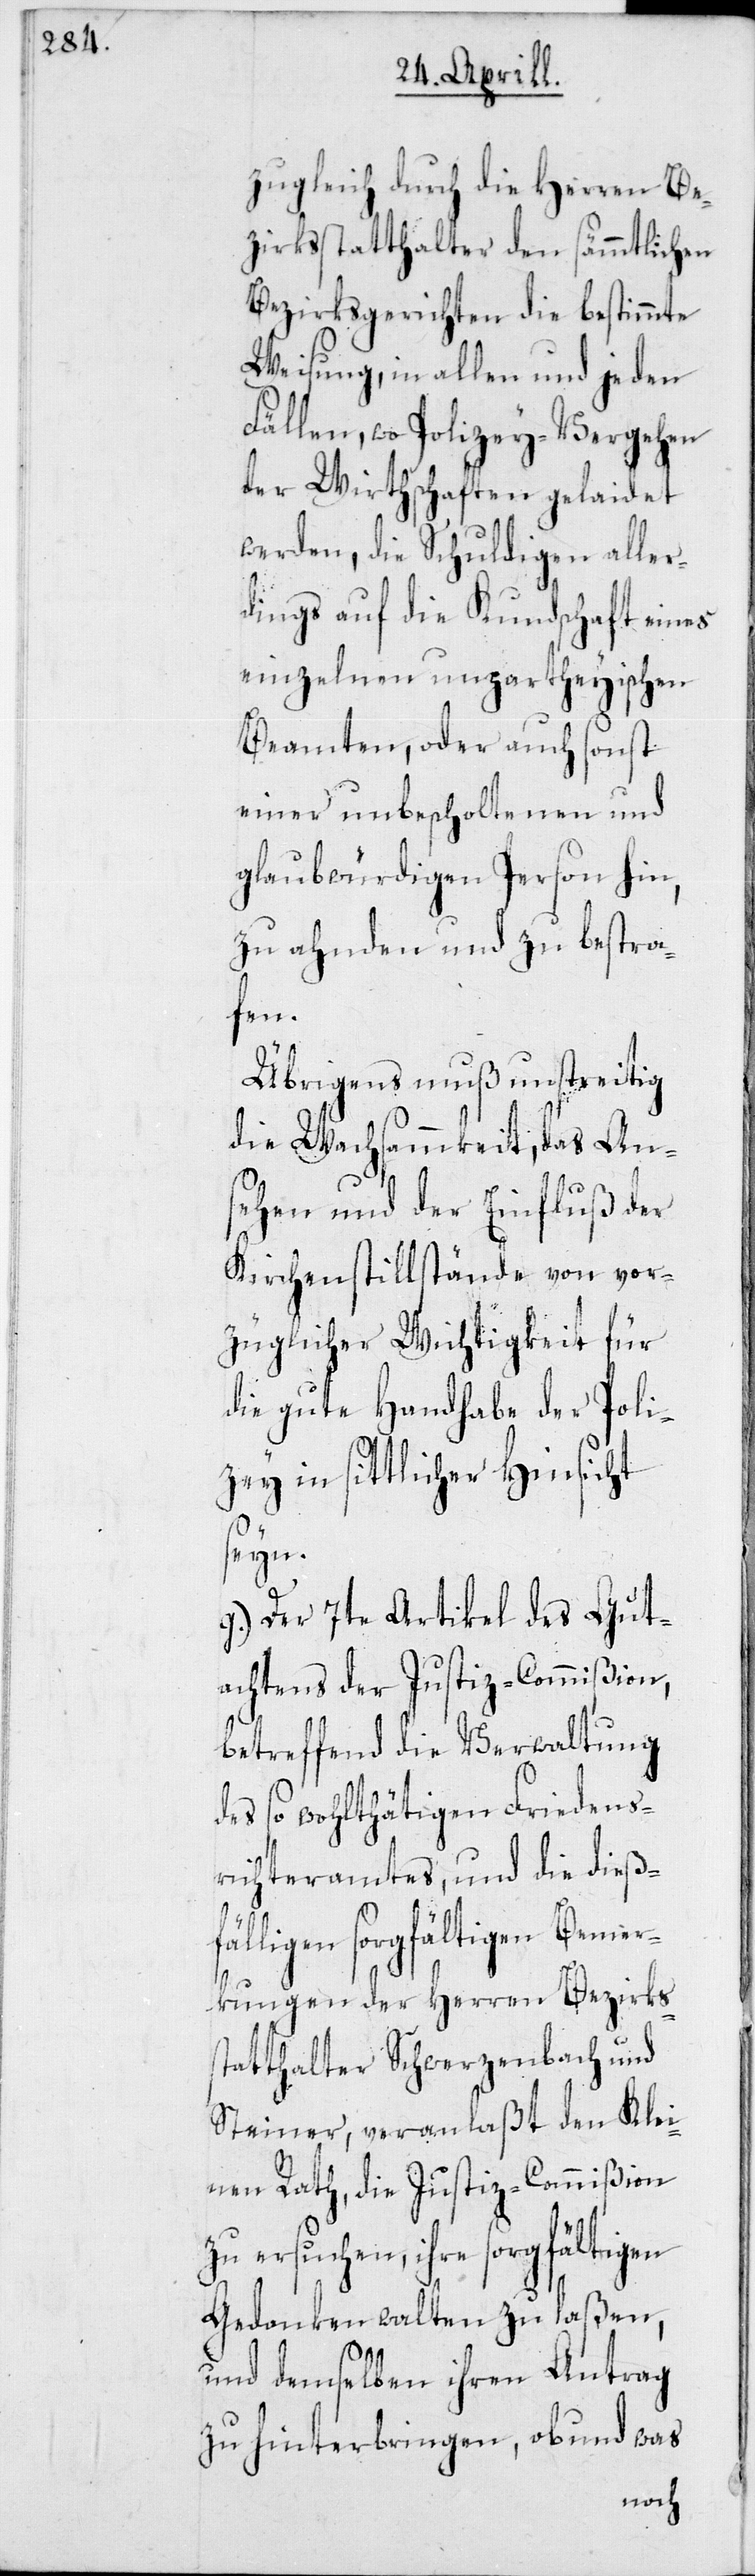
zugleich durch die Herren Be¬
zirksstatthalter den sämmtlichen
Bezirksgerichten die bestimmte
Weisung, in allen und jeden
Fällen, wo Polizey-Vergehen
der Wirthschaften gelaidet
werden, die Schuldigen aller¬
dings auf die Kundschaft eines
einzelnen unpartheyischen
Beamten, oder auch sonst
einer unbescholtenen und
glaubwürdigen Person hin,
zu ahnden und zu bestra¬
fen.
Übrigens muß unstreitig
die Wachsammkeit, das An¬
sehen und der Einfluß der
Kirchenstillstände von vor¬
züglicher Wichtigkeit für
die gute Handhabe der Poli¬
zey in sittlicher Hinsicht
seyn.
g) Der 7te Artikel des Gut¬
achtens der Justiz-Commißion,
betreffend die Verwaltung
des so wohlthätigen Friedens¬
richteramtes, und die dieß¬
fälligen sorgfältigen Bemer¬
kungen der Herren Bezirks¬
statthalter Schwerzenbach und
Steiner, veranlaßt den Klei¬
nen Rath, die Justiz-Commißion
zu ersuchen, ihre sorgfältigen
Gedanken walten zu laßen,
und demselben ihren Antrag
zu hinterbringen, ob und w¬
as